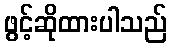
ဖွင့်ဆိုထားပါသည်